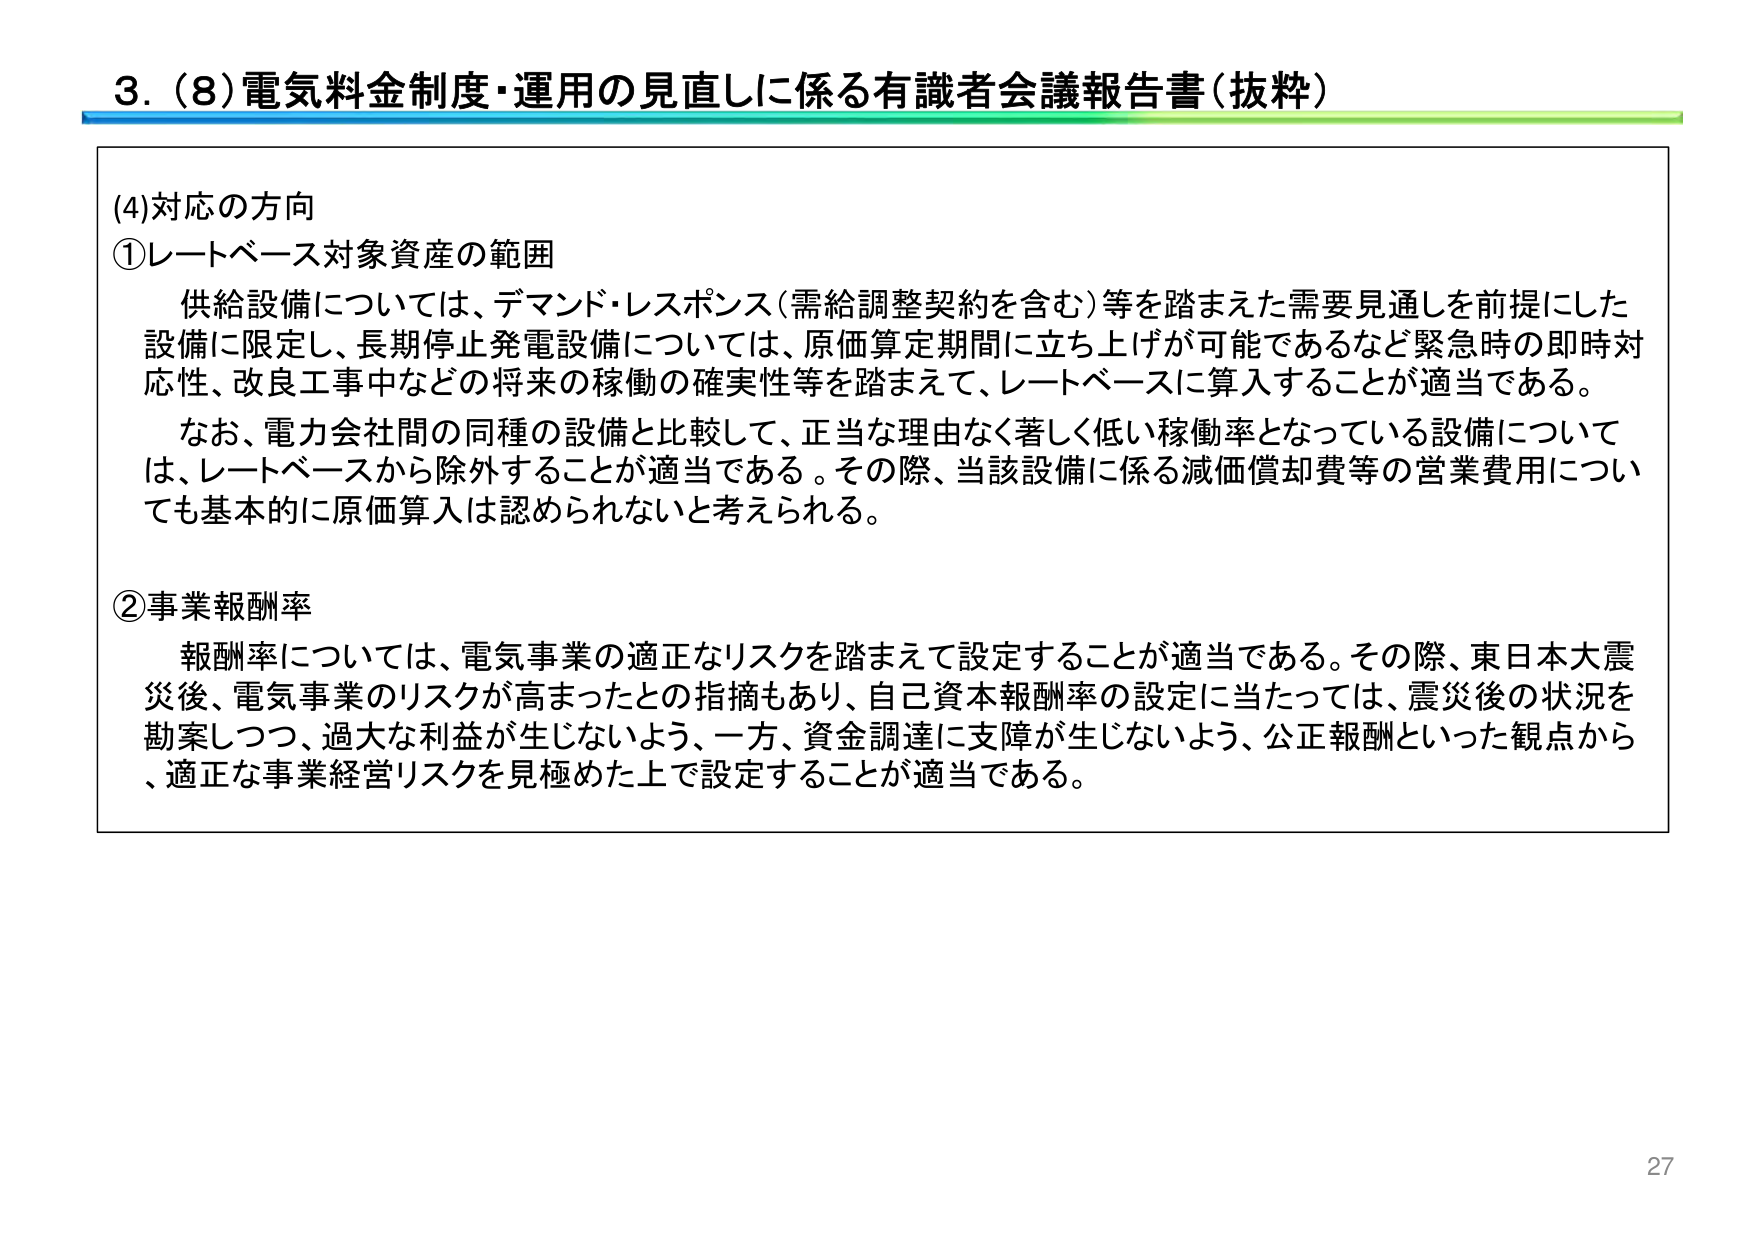
3. (8) 電気料金制度・運用の見直しに係る有識者会議報告書（抜粋）

(4) 対応の方向

① レートベース対象資産の範囲
供給設備については、デマンド・レスポンス（需給調整契約を含む）等を踏まえた需要見通しを前提にした設備に限定し、長期停止発電設備については、原価算定期間に立ち上げが可能であるなど緊急時の即時対応性、改良工事中などの将来の稼働の確実性等を踏まえて、レートベースに算入することが適当である。
なお、電力会社間の同種の設備と比較して、正当な理由なく著しく低い稼働率となっている設備については、レートベースから除外することが適当である。その際、当該設備に係る減価償却費等の営業費用についても基本的に原価算入は認められないと考えられる。

② 事業報酬率
報酬率については、電気事業の適正なリスクを踏まえて設定することが適当である。その際、東日本大震災後、電気事業のリスクが高まったとの指摘もあり、自己資本報酬率の設定に当たっては、震災後の状況を勘案しつつ、過大な利益が生じないよう、一方、資金調達に支障が生じないよう、公正報酬といった観点から、適正な事業経営リスクを見極めた上で設定することが適当である。

27